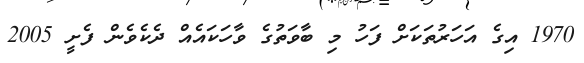
1970 އިގެ އަހަރުތަކަށް ފަހު މި ބާވަތުގެ ވާހަކައެއް ދެކެވެން ފެށީ 2005